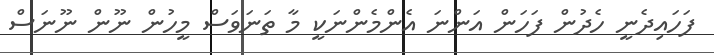
ފަހައިދެނީ ހެދުން ފަހަން އަންނަ އެންމެންނަކީ މާ ތަނަވަސް މީހުން ނޫން ނޫނަސް